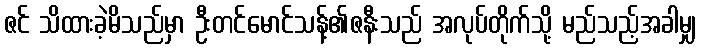
ဇင် သိထားခဲ့မိသည်မှာ ဦးတင်မောင်သန့်၏ဇနီးသည် အလုပ်တိုက်သို့ မည်သည့်အခါမျှ